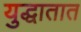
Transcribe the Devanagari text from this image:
युद्धातात